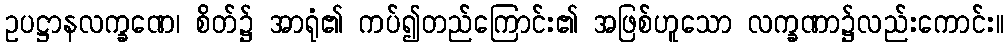
ဥပဋ္ဌာနလက္ခဏေ၊ စိတ်၌ အာရုံ၏ ကပ်၍တည်ကြောင်း၏ အဖြစ်ဟူသော လက္ခဏာ၌လည်းကောင်း။